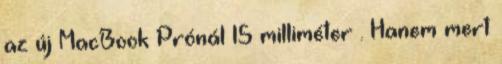
az új MacBook Prónál 15 milliméter . Hanem mert